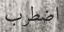
اضطرب